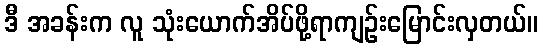
ဒီ အခန်းက လူ သုံးယောက်အိပ်ဖို့ရာကျဉ်းမြောင်းလှတယ်။